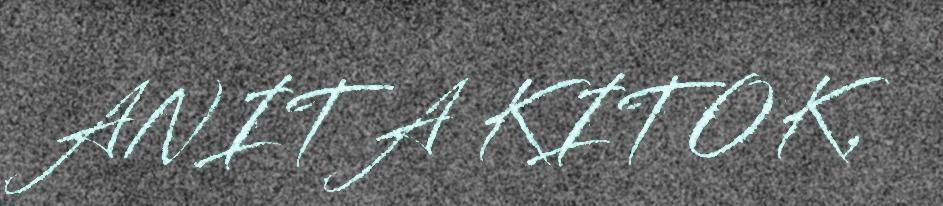
ANITA KITOK,